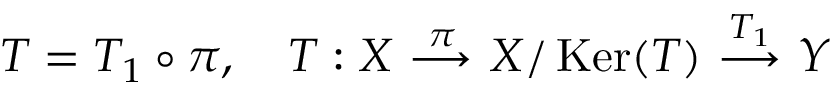
T = T _ { 1 } \circ \pi , \ \ \ T : X \ { \overset { \pi } { \longrightarrow } } \ X / \operatorname { K e r } ( T ) \ { \overset { T _ { 1 } } { \longrightarrow } } \ Y